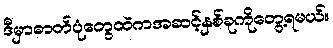
ဒီမှာဓာတ်ပုံတွေထဲကအဆင့်နှစ်ခုကိုတွေ့ရမယ်။